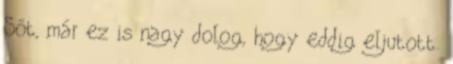
Sőt, már ez is nagy dolog, hogy eddig eljutott.